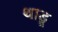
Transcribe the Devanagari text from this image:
थाडू